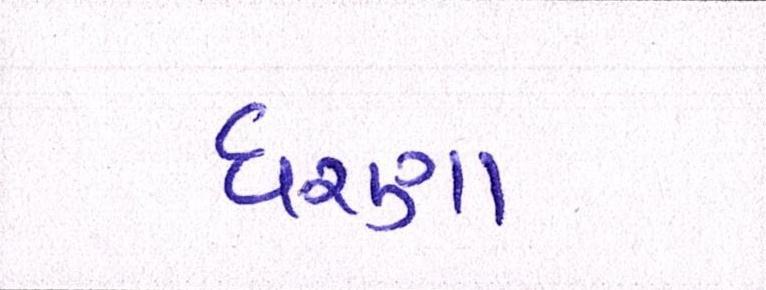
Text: ધરણા